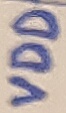
Text: VDD